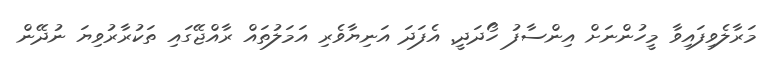
މަރާލެވިފައިވާ މީހުންނަށް އިންސާފު ހޯދަދީ